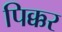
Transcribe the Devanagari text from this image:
पिक्कर